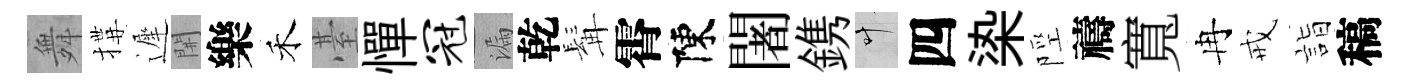
舞搆遲𨳩樂禾䑓憚冠漏乾髯霄陳闍鎸叶四𣑱陘禱寬冉戒詣稿